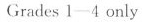
Grades 1—4 only